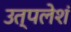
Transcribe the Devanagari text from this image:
उत्पलेशं